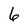
Character: 6